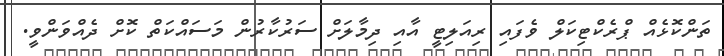
ތަންކޮޅެއް ޕްރެކްޓިކަލް ވެފަައި ރިއަލިޓީ އާއި ދިމާލަށް ސަރުކާރުން މަސައްކަތް ކޮށް ދެއްވަންވީ.